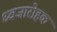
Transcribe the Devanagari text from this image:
ध्वजारोहक